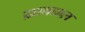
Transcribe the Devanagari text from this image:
ख़ानाबल